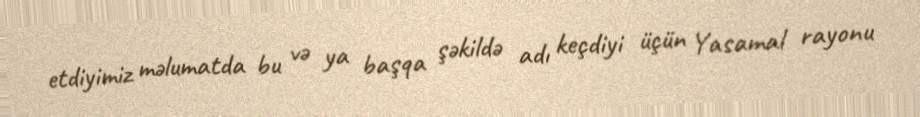
etdiyimiz məlumatda bu və ya başqa şəkildə adı keçdiyi üçün Yasamal rayonu